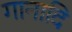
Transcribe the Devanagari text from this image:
गानादि